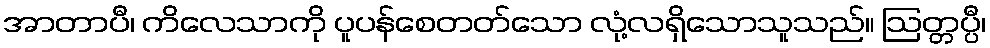
အာတာပီ၊ ကိလေသာကို ပူပန်စေတတ်သော လုံ့လရှိသောသူသည်။ ဩတ္တပ္ပီ၊